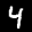
Label: 4